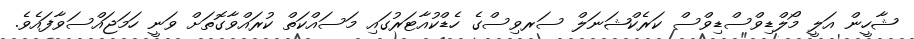
ޝާހީން އަލީ މޯލްޑިވްސްޑިވްސް ކަރެކްޝަނަލް ސަރވިސްގެ ހެޑްކުއާޓަރުގައި މަސައްކަތް ކުރައްވާގޮތަށް ވަނީ ހަމަޖައްސަވާފައެވެ.